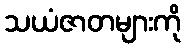
သယံဇာတများကို